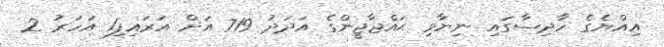
އިއްޔެގެ ހާދިސާގައި ނިޔާވި ޙައްޖާޖީންގެ އަދަދު 719 އަށް އަރައިފި1 އަހަރު 2